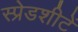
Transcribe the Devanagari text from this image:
स्प्रेडशीटें